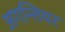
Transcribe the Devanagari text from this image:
अगन्तियर